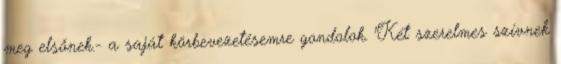
meg elsőnek.- a saját körbevezetésemre gondolok. "Két szerelmes szívnek